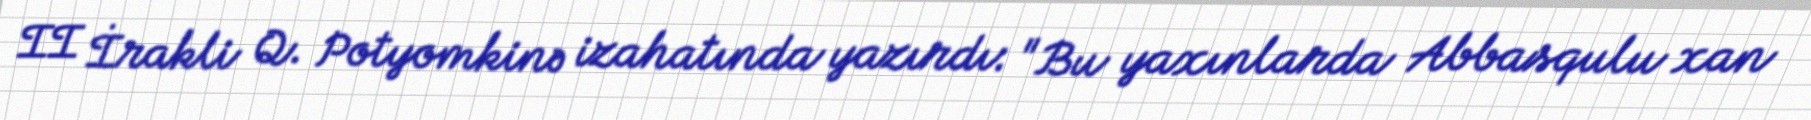
II İrakli Q. Potyomkinə izahatında yazırdı: "Bu yaxınlarda Abbasqulu xan